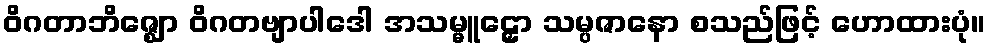
ဝိဂတာဘိဇ္ဈော ဝိဂတဗျာပါဒေါ အသမ္မူဠှော သမ္ပဇာနော စသည်ဖြင့် ဟောထားပုံ။